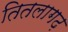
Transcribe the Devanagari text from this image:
तितलागढ़